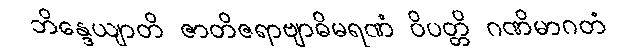
ဘိန္ဒေယျာတိ ဇာတိဇရာဗျာဓိမရဏံ ဝိပတ္တိ ဂဏိမာဂတံ